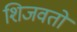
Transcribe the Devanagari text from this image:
शिजवतो